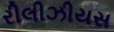
રીલીઝીયસ